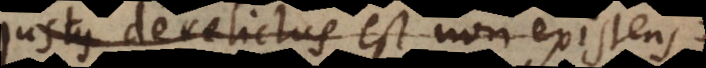
Justus derelictus est non existens.